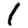
Digit: 1